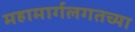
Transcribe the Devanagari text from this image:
महामार्गलगतच्या